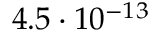
4 . 5 \cdot 1 0 ^ { - 1 3 }